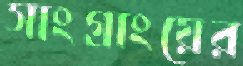
সাংগ্রাংয়ের